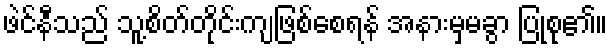
ဖဲင်နီသည် သူ့စိတ်တိုင်းကျဖြစ်စေရန် အနားမှမခွာ ပြုစု၏။